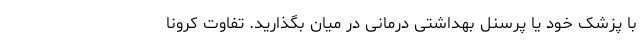
با پزشک خود یا پرسنل بهداشتی درمانی در میان بگذارید. تفاوت کرونا